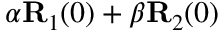
\alpha { \bf R } _ { 1 } ( 0 ) + \beta { \bf R } _ { 2 } ( 0 )